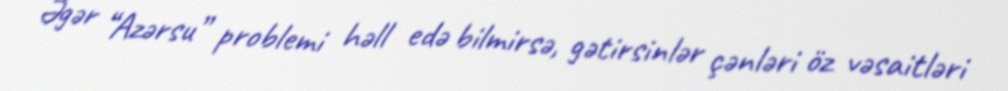
Əgər “Azərsu” problemi həll edə bilmirsə, gətirsinlər çənləri öz vəsaitləri